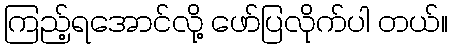
ကြည့်ရအောင်လို့ ဖော်ပြလိုက်ပါ တယ်။